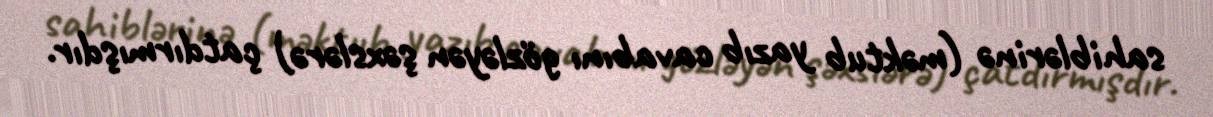
sahiblərinə (məktub yazıb cavabını gözləyən şəxslərə) çatdırmışdır.